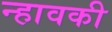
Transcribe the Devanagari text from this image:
न्हावकी